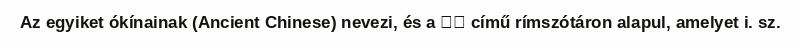
Az egyiket ókínainak (Ancient Chinese) nevezi, és a 切韻 című rímszótáron alapul, amelyet i. sz.